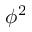
\phi ^ { 2 }